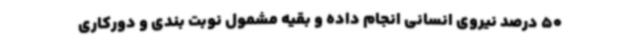
50 درصد نیروی انسانی انجام داده و بقیه مشمول نوبت بندی و دورکاری